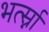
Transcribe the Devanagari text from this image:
भर्त्स्ना